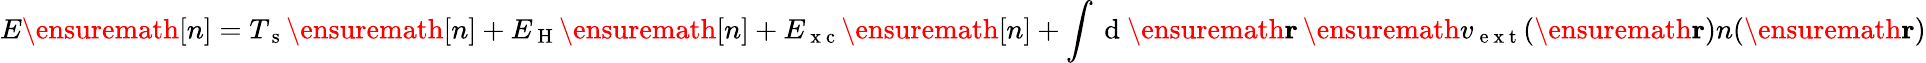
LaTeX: E\ensuremath{[n]}=T_{\mathrm{~s~}}\ensuremath{[n]}+E_{\mathrm{~H~}}\ensuremath{[n]}+E_{\mathrm{~x~c~}}\ensuremath{[n]}+\int\mathrm{~d~}\ensuremath{\mathbf{r}}\, \ensuremath{v_{\mathrm{~e~x~t~}}}(\ensuremath{\mathbf{r}})n(\ensuremath{\mathbf{r}})